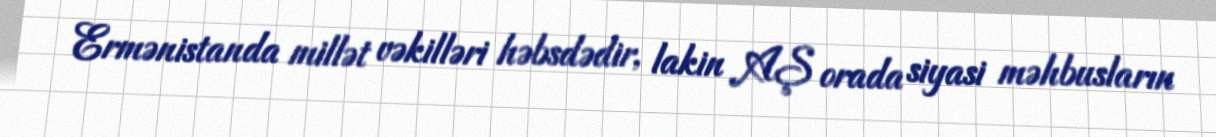
Ermənistanda millət vəkilləri həbsdədir, lakin AŞ orada siyasi məhbusların